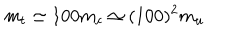
m _ { t } \simeq 1 0 0 m _ { c } \simeq ( 1 0 0 ) ^ { 2 } m _ { u }